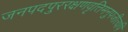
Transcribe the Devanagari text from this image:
जनपदपुररक्षणवृत्तिमनुपजीत्यपि